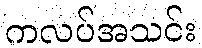
ကလပ်အသင်း